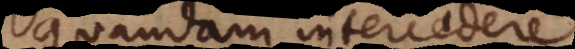
quandam intercedere.